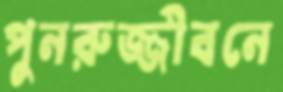
পুনরুজ্জীবনে